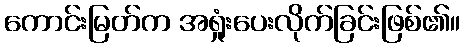
ကောင်းမြတ်က အရှုံးပေးလိုက်ခြင်းဖြစ်၏။